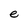
Character: e